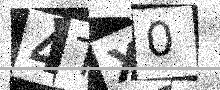
Text: 4TX0